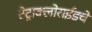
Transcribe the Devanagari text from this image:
टेट्राक्लोराईडचे